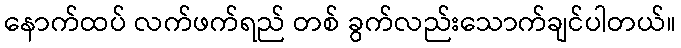
နောက်ထပ် လက်ဖက်ရည် တစ် ခွက်လည်းသောက်ချင်ပါတယ်။